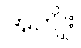
အကျိုး